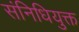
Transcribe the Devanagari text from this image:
संनिधियुक्त